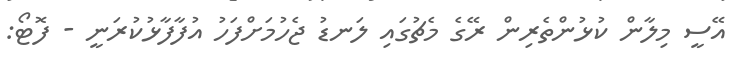
އޭސީ މިލާން ކުޅުންތެރިން ރޭގެ މެޗުގައި ލަނޑު ޖެހުމަށްފަހު އުފާފާޅުކުރަނީ - ފޮޓޯ: